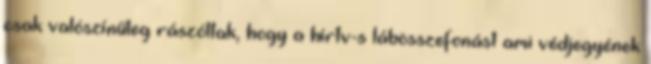
csak valószínűleg rászóltak, hogy a hírtv-s lábösszefonást ami védjegyének